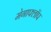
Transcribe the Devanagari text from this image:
मेगाफ्लॉप